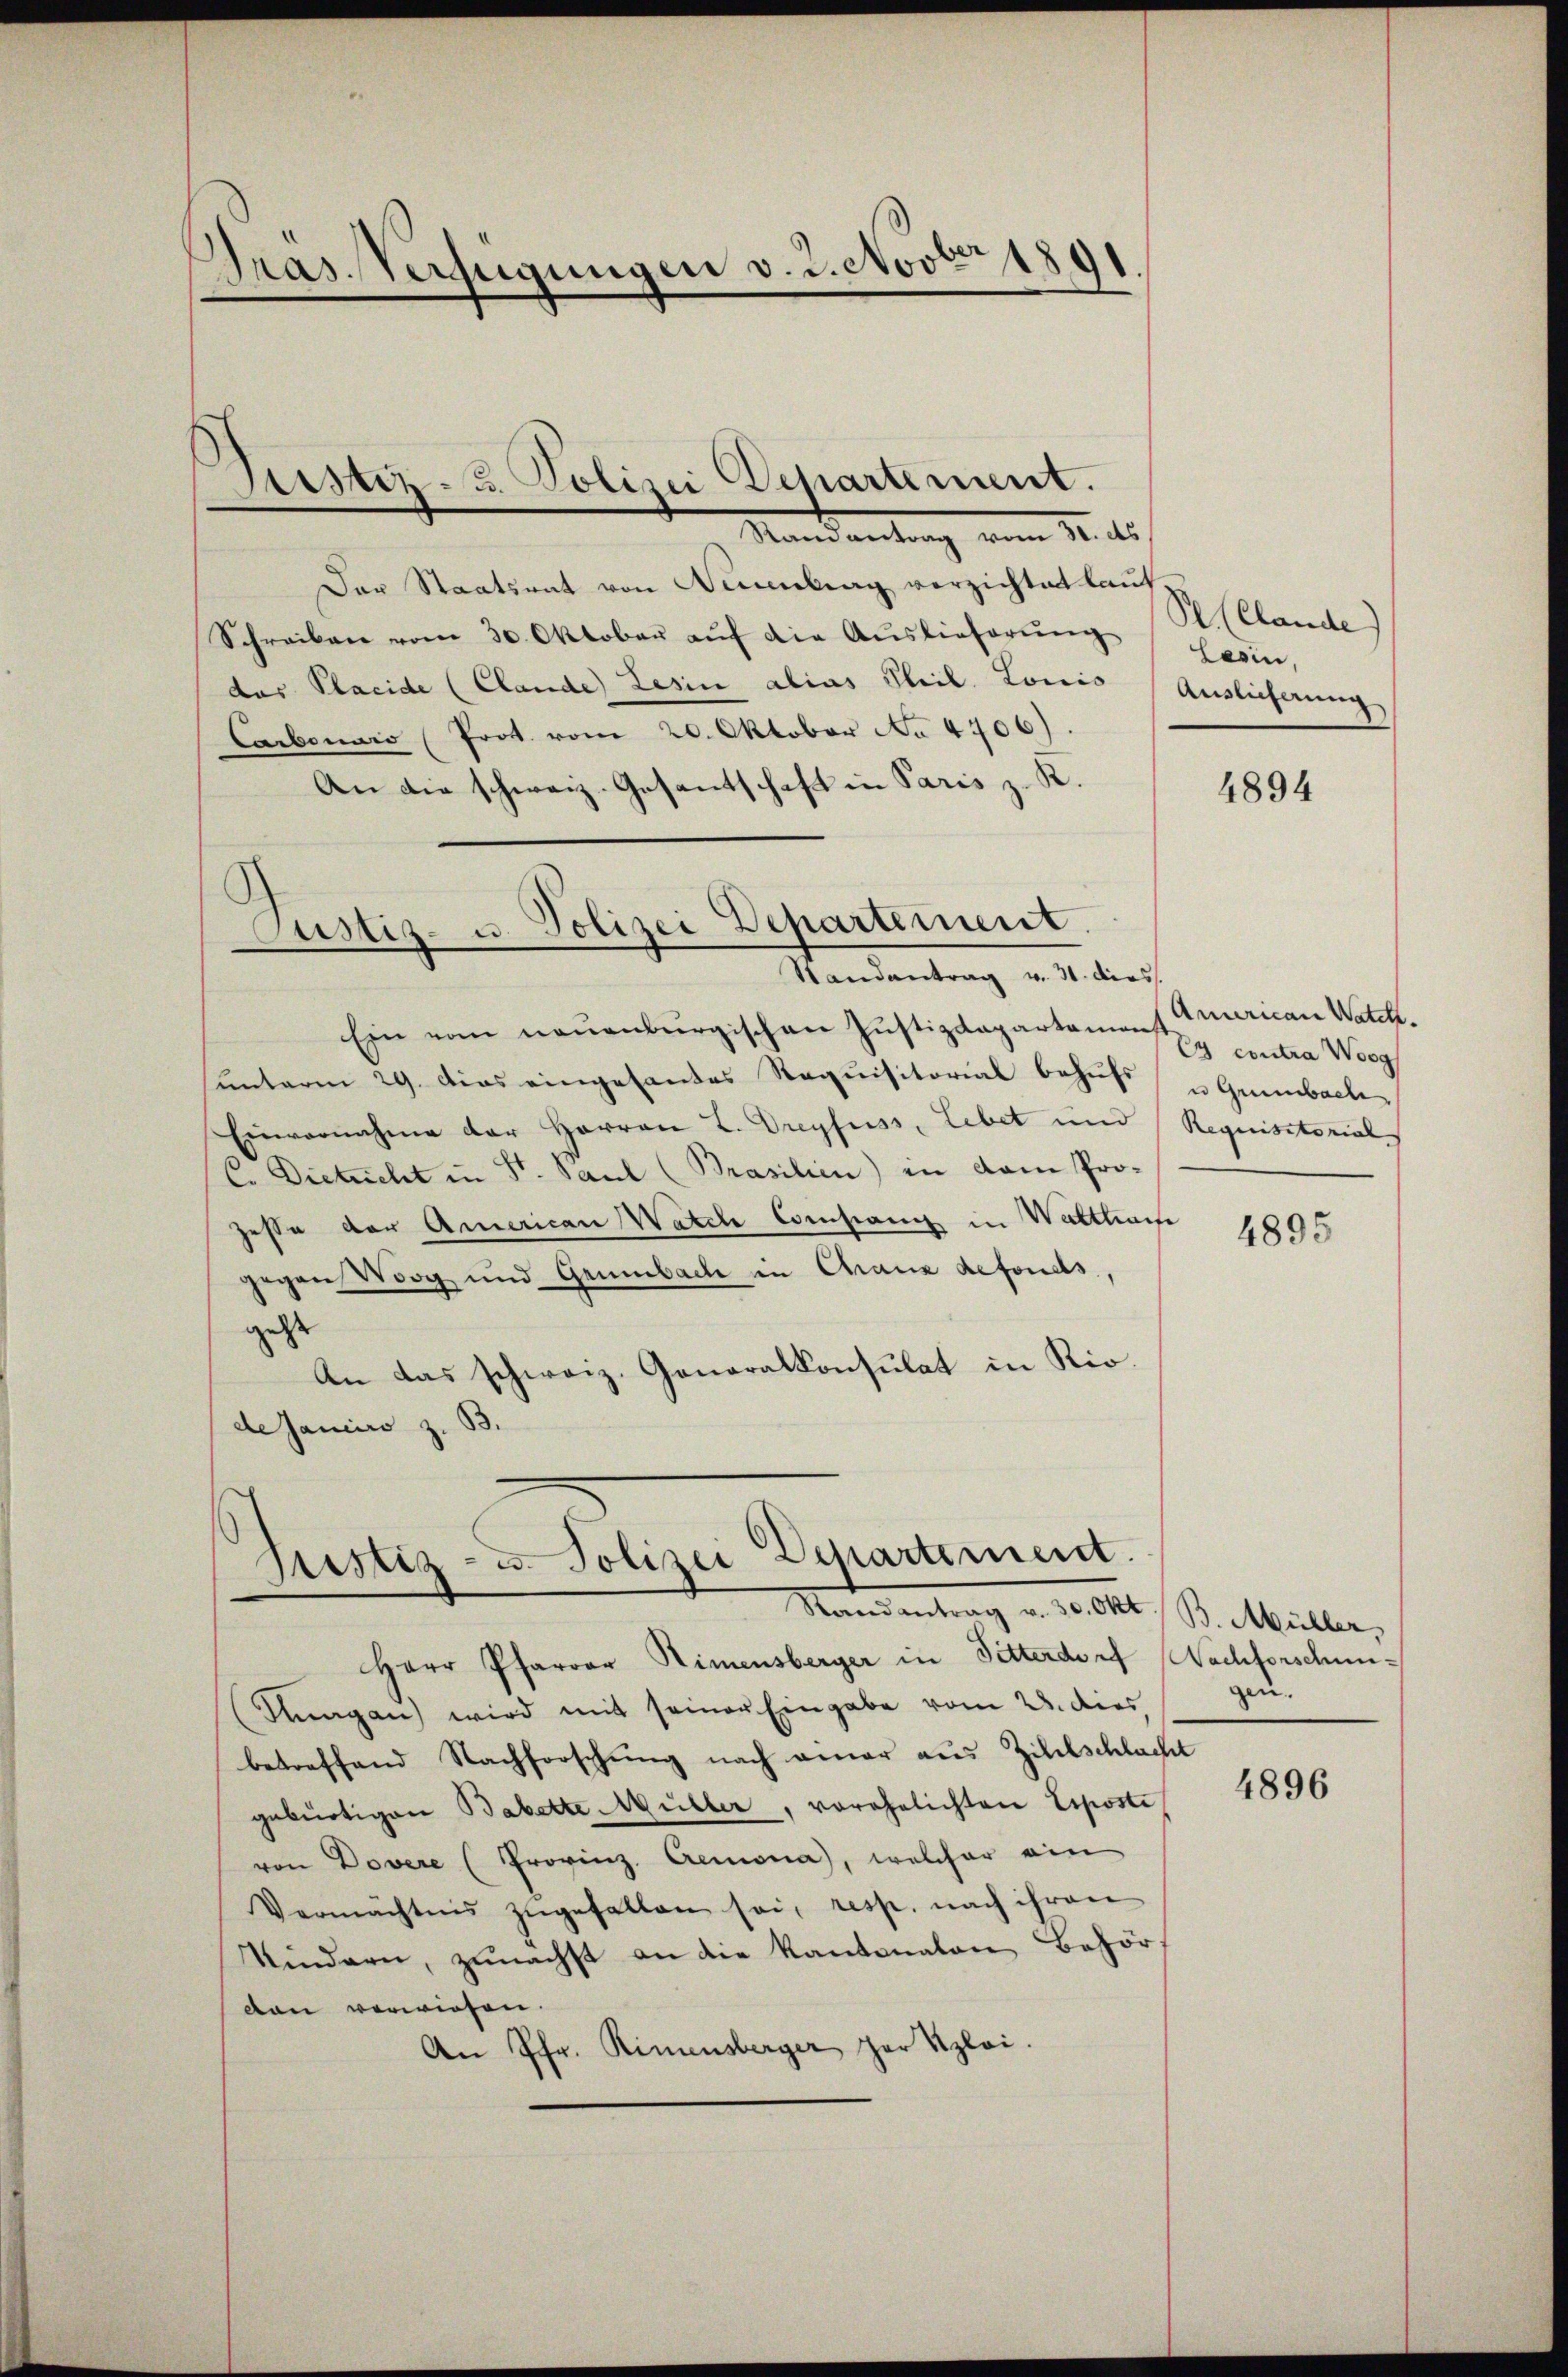
Tras. Verfügungen v. 2. Nov. 1891

Der Staatsrat von Neuenburg verzichtet lauf
Schreiben vom 30. Oktober aŭf die Aŭslieferŭng
das Placide (Clande Lesin alias Theil. Louis
Carbonaro (Prot. vom 20. Oktober No 4406)
An die schweiz. Gesantschaft in Paris z. R.

Justiz- u. Polizei Departement.
Randantrag vom 30. ds.

Custiz- u. Polizei Departement.
Randantrag v. 31. dies

Ein vom neuenburgischen Justizdepartamens y contra Worg
unterm 29. Das eingesandes Requisitorial behufs u Grünbache
Einvernahme der Herren L. Dreyfuss, Lebet und Requisitorial
C. Dieticht in St. Paul (Brasilien) in dem Pro-
zesse der American Watel Compani in Wattlaufe
gegen Worg und Grünbache in Chranz defonds,
geht
An das schweiz. Generalkonsulat in Rio.
de Janeiro z. B.

Justiz- u. Polizei Departement.
Mandantrag u. d. Mtt. B. Müller,

Herr Pfarrer Rimensberger in Sitterdorf Nachforschun¬
Kagan wird mit seiner Eingabe vom 28. dies
betreffend Nachforschung nach einer aus Zillschlacht
gebürtigen Babette Müller, vorehelichten Liposte
von Dovere (Provinz. Aemona, welcher ein
Vermächtnis zŭgefallen sei, resp. nach ihren
Kindern, zunächst an die Kantonalen Behör-
dan verwiesen.
An Pfr. Rimensberger zur Sploi.

S (Clande
Lesin,
Auslieferung

4894

American Watch.

4895

gen. |

4896